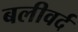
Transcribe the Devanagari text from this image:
बलीवर्द